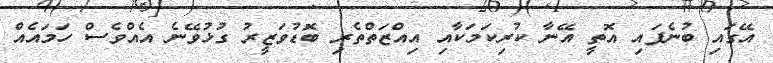
އޭގައި ބުނެފައި އޮތީ އޭނާ ކުރިކަމަކާއި އިއްޒަތްތެރި ބޮޑުވަޒީރު ގުޅުވޭނެ އެއްވެސް ހަމައެއް